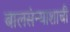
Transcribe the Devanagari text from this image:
बालसंन्याशाची